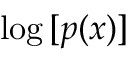
\log \, [ p ( x ) ]